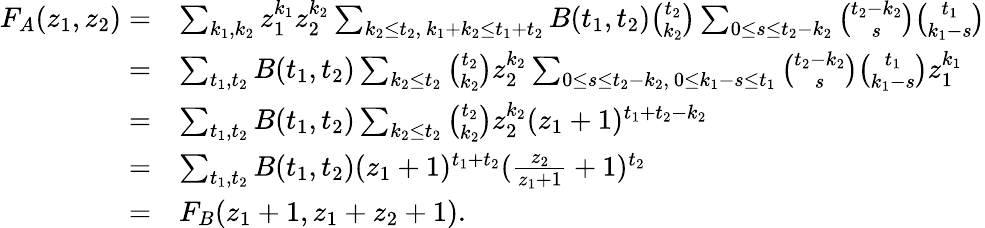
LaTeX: \begin{array}{rl}{F_{A}(z_{1},z_{2})=}&{\sum_{k_{1},k_{2}}z_{1}^{k_{1}}z_{2}^{k_{2}}\sum_{k_{2}\leq t_{2},\ k_{1}+k_{2}\leq t_{1}+t_{2}}B(t_{1},t_{2})\binom{t_{2}}{k_{2}}\sum_{0\leq s\leq t_{2}-k_{2}}\binom{t_{2}-k_{2}}{s}\binom{t_{1}}{k_{1}-s}}\\ {=}&{\sum_{t_{1},t_{2}}B(t_{1},t_{2})\sum_{k_{2}\leq t_{2}}\binom{t_{2}}{k_{2}}z_{2}^{k_{2}}\sum_{0\leq s\leq t_{2}-k_{2},\ 0\leq k_{1}-s\leq t_{1}}\binom{t_{2}-k_{2}}{s}\binom{t_{1}}{k_{1}-s}z_{1}^{k_{1}}}\\ {=}&{\sum_{t_{1},t_{2}}B(t_{1},t_{2})\sum_{k_{2}\leq t_{2}}\binom{t_{2}}{k_{2}}z_{2}^{k_{2}}(z_{1}+1)^{t_{1}+t_{2}-k_{2}}}\\ {=}&{\sum_{t_{1},t_{2}}B(t_{1},t_{2})(z_{1}+1)^{t_{1}+t_{2}}(\frac{z_{2}}{z_{1}+1}+1)^{t_{2}}}\\ {=}&{F_{B}(z_{1}+1,z_{1}+z_{2}+1).}\end{array}